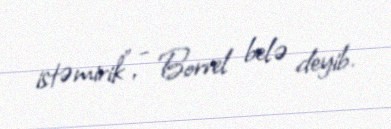
istəmirik”, - Borrel belə deyib.